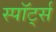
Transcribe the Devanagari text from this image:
स्पॉर्ट्स